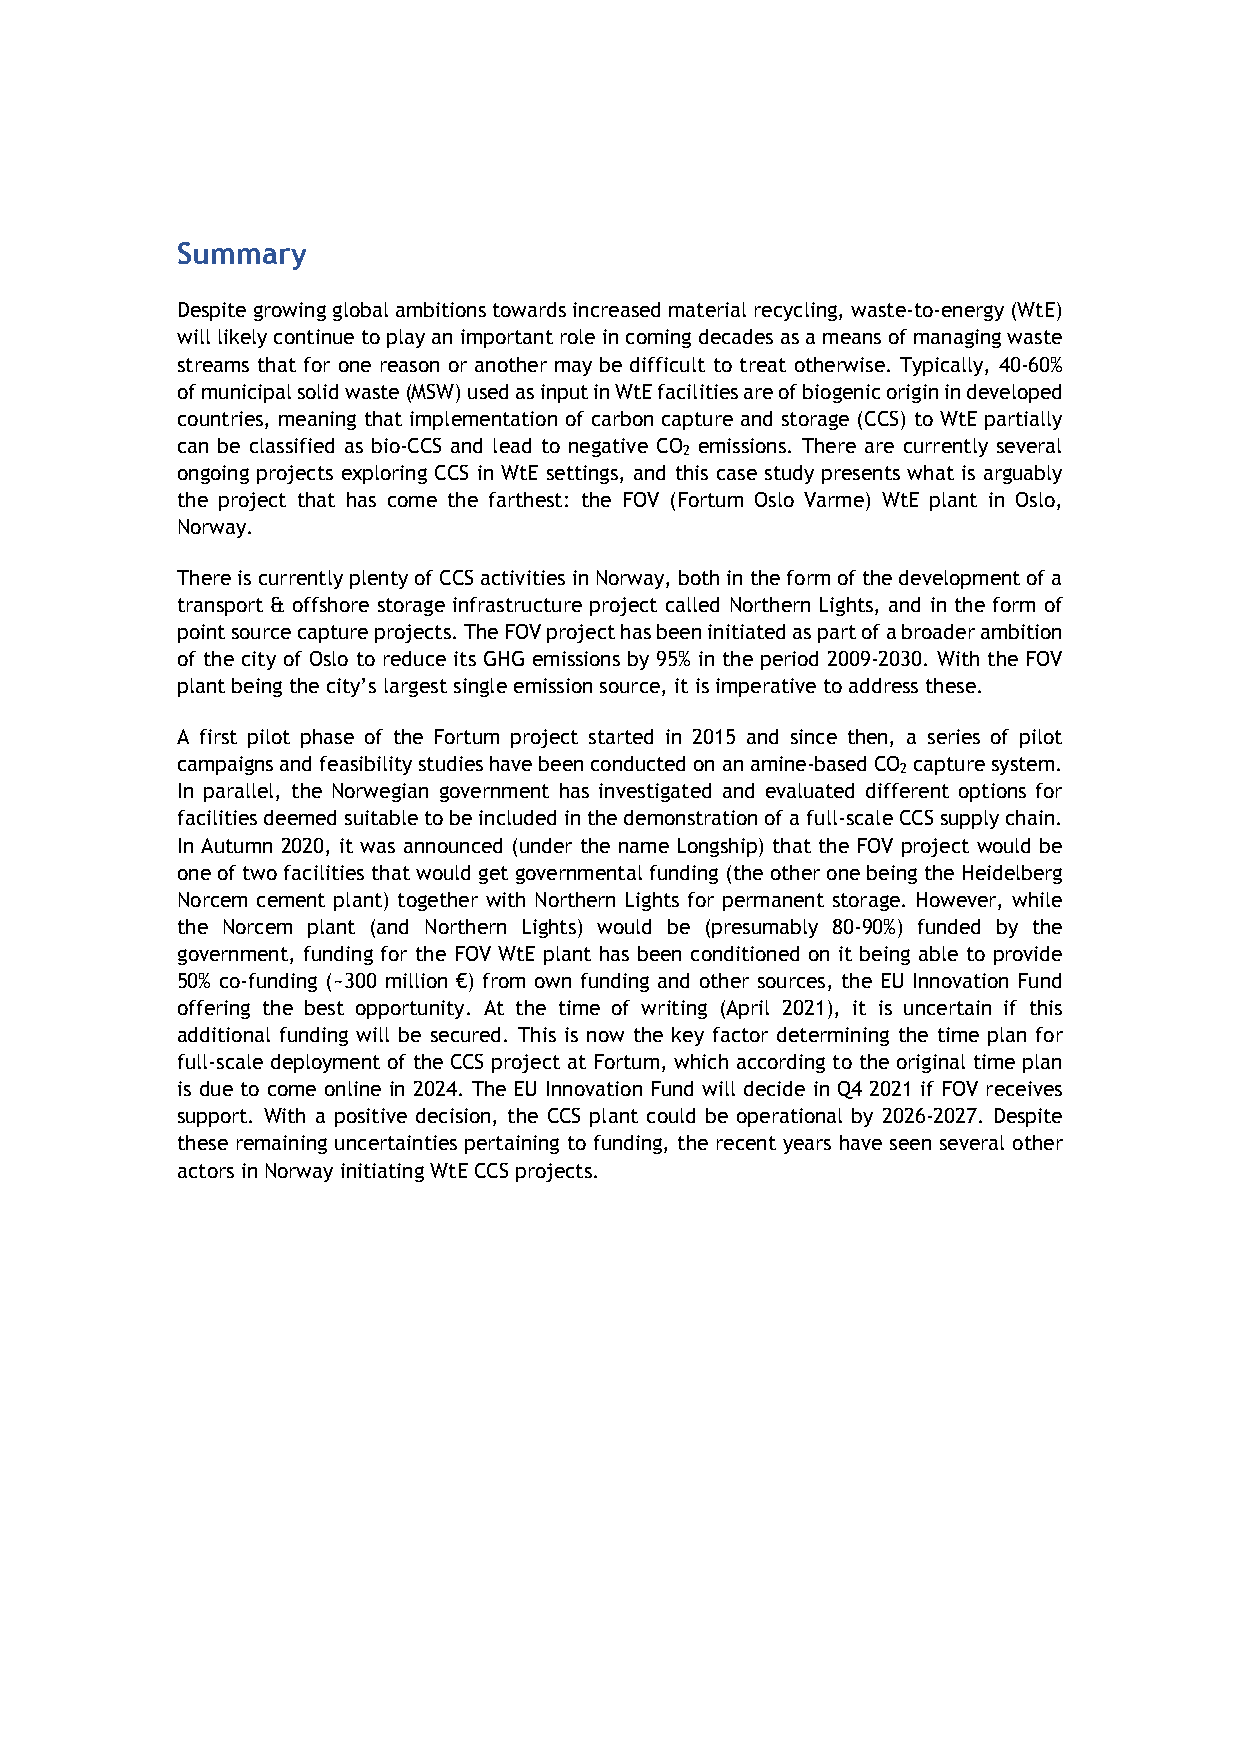
Summary
 Despite growing global ambitions towards increased material recycling, waste-to-energy (WtE)
 will likely continue to play an important role in coming decades as a means of managing waste
 streams that for one reason or another may be difficult to treat otherwise. Typically, 40-60%
 of municipal solid waste (MSW) used as input in WtE facilities are of biogenic origin in developed
 countries, meaning that implementation of carbon capture and storage (CCS) to WtE partially
 can be classified as bio-CCS and lead to negative CO emissions. There are currently several
 2
 ongoing projects exploring CCS in WtE settings, and this case study presents what is arguably
 the project that has come the farthest: the FOV (Fortum Oslo Varme) WtE plant in Oslo,
 Norway.
 There is currently plenty of CCS activities in Norway, both in the form of the development of a
 transport & offshore storage infrastructure project called Northern Lights, and in the form of
 point source capture projects. The FOV project has been initiated as part of a broader ambition
 of the city of Oslo to reduce its GHG emissions by 95% in the period 2009-2030. With the FOV
 plant being the city’s largest single emission source, it is imperative to address these.
 A first pilot phase of the Fortum project started in 2015 and since then, a series of pilot
 campaigns and feasibility studies have been conducted on an amine-based CO capture system.
 2
 In parallel, the Norwegian government has investigated and evaluated different options for
 facilities deemed suitable to be included in the demonstration of a full-scale CCS supply chain.
 In Autumn 2020, it was announced (under the name Longship) that the FOV project would be
 one of two facilities that would get governmental funding (the other one being the Heidelberg
 Norcem cement plant) together with Northern Lights for permanent storage. However, while
 the Norcem plant (and Northern Lights) would be (presumably 80-90%) funded by the
 government, funding for the FOV WtE plant has been conditioned on it being able to provide
 50% co-funding (~300 million €) from own funding and other sources, the EU Innovation Fund
 offering the best opportunity. At the time of writing (April 2021), it is uncertain if this
 additional funding will be secured. This is now the key factor determining the time plan for
 full-scale deployment of the CCS project at Fortum, which according to the original time plan
 is due to come online in 2024. The EU Innovation Fund will decide in Q4 2021 if FOV receives
 support. With a positive decision, the CCS plant could be operational by 2026-2027. Despite
 these remaining uncertainties pertaining to funding, the recent years have seen several other
 actors in Norway initiating WtE CCS projects.